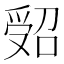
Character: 𠹾